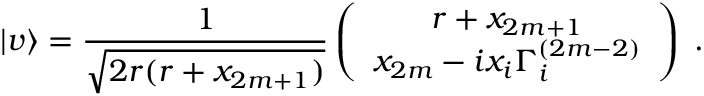
| v \rangle = { \frac { 1 } { \sqrt { 2 r ( r + x _ { 2 m + 1 } ) } } } \left( \begin{array} { c } { { r + x _ { 2 m + 1 } } } \\ { { x _ { 2 m } - i x _ { i } \Gamma _ { i } ^ { ( 2 m - 2 ) } } } \end{array} \right) \; .